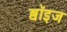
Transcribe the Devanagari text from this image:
ब्वॉइज